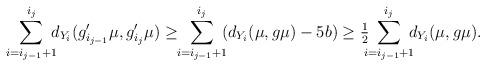
LaTeX: \begin{align*} \sum_{i = i_{j-1}+1}^{i_j} \!\!\! d_{Y_i}(g_{i_{j-1}}'\mu,g_{i_j}'\mu) \geq \!\! \sum_{i = i_{j-1}+1}^{i_j} \!\!\! \left( d_{Y_i}(\mu,g\mu)-5b\right) \geq \tfrac12 \!\!\! \sum_{i = i_{j-1}+1}^{i_j} \!\!\! d_{Y_i}(\mu,g\mu).\end{align*}